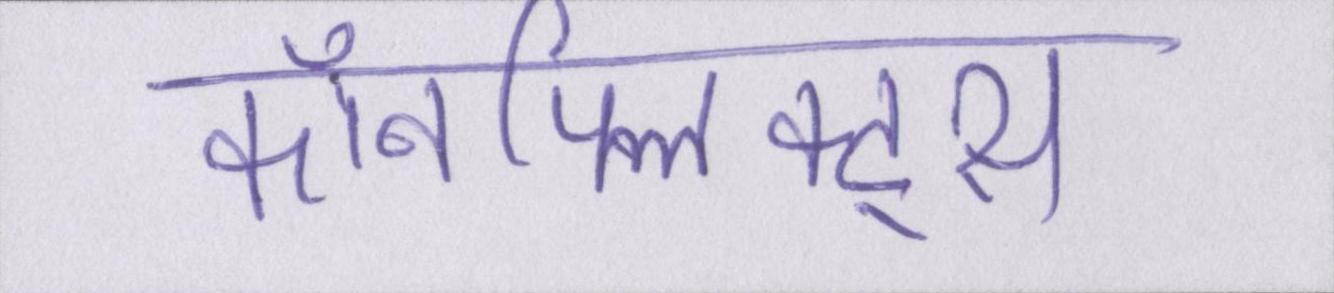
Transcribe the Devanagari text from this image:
कॉनफ्लिक्ट्स